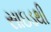
સાઇડથી